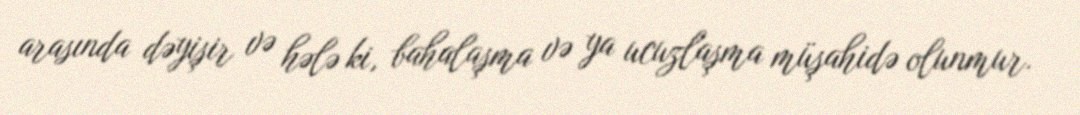
arasında dəyişir və hələ ki, bahalaşma və ya ucuzlaşma müşahidə olunmur.